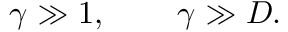
\gamma \gg 1 , \, \, \, \, \, \, \, \, \, \, \, \, \, \gamma \gg D .